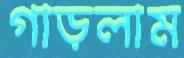
গাড়লাম